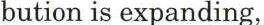
bution is expanding